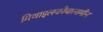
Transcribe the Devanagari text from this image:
मिथाइलकोबालामीन